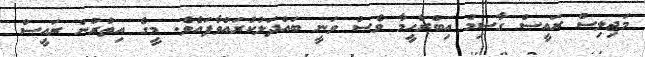
މަޖިލިސް ރައީސް ގާސިމް އިބްރާހީމާ ވެސް ވަނީ ބައްދަލުކުރައްވާފައެވެ. މީގެ އިތުރުން ރައީސް